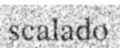
scalado